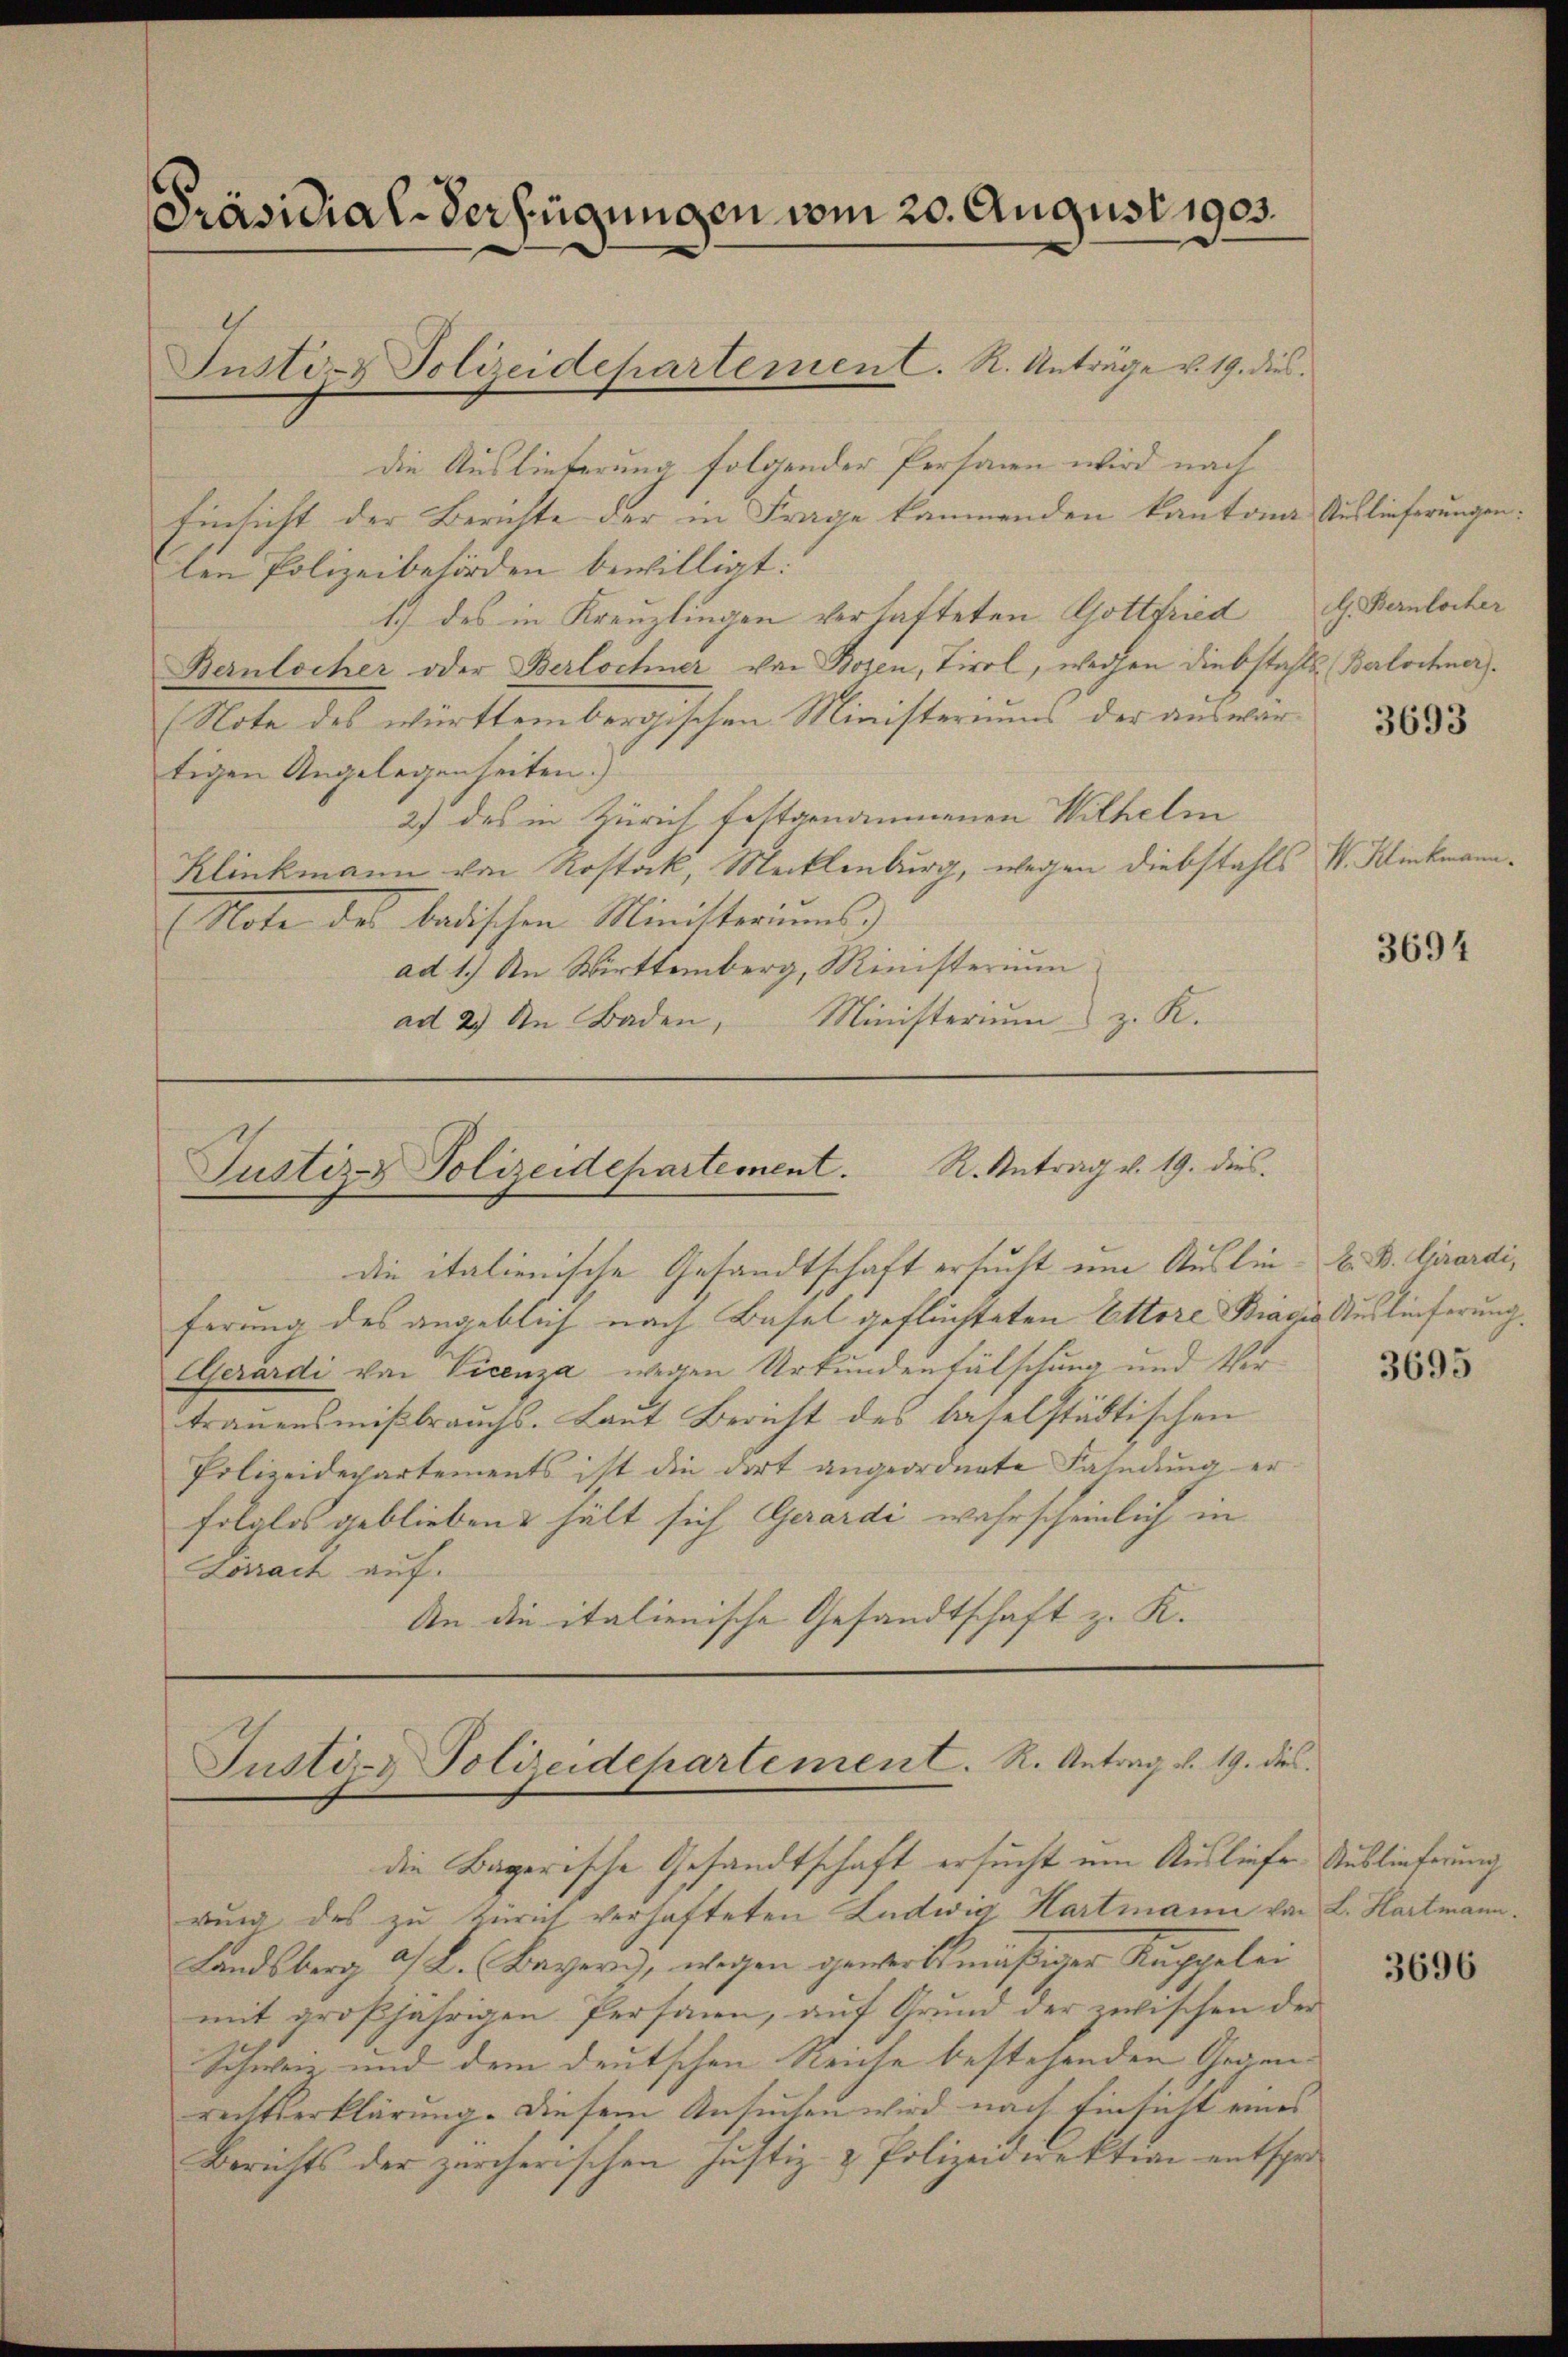
[Präsidial-Verfügungen vom 20. August 1905.

die Auslieferung folgender Personen wird nach
Einsicht der Berichte der in Frage kämmenden kantona Auslieferungen
len Polizeibehörden bewilligt:
1) des in Kreuzlingen verhafteten Gottfried
Bernlocher oder Berlochner von Bozen, Tirol, wegen diebstahls (Berlochner.
(Note des württembergischen Ministeriums der auswärtigen Angelegenheiten.)
27 des in Zürich festgenommenen Wilhelm
Klinkmann von Rostock, Mecklenburg, wegen Diebstahls W. Klinckmann
Note des badischen Ministeriums
ad 1.) An Wirttemberg, Ministerium
Ministerium z. K.
ad 2. An Baden,

Instirn Polizeidepartement. R. Anträge v. 19. dies

Justiz & Polizeidepartement. R. Antrag v. 19. dies

die italienische Gesandtschaft ersucht um Auslie- A. B. Girardi,
ferung des angeblich nach Basel geflüchteten Ettore Bragio Auslieferung.
EGerardi von Vicenza wegen Urkundenfälschung und Vertraŭensmiβbraŭchs. Laŭt Bericht des baselstädtischen
Polizeidepartements ist die dort angeordnete Fahndung erfolglos geblieben hält sich Gerardi wahrscheinlich in
Lörrach auf.
An die italienische Gesandtschaft z. K.

Justiz- & Polizeidehartement. R. Antrag v. 19. dies

die Bayerische Gesandtschaft ersucht um Ausliefer Auslieferung
rung des zu Zürich verhafteten Ludwig Hartmann von L. Hartmann.
Landsberg a/ L. (Bayern, wegen gewerbsmäßiger Kappelei
mit großjährigen Personen, auf Grund der zwischen der
Schweiz und dem deutschen Reiche bestehenden Gegen- |
rechtserklärung. Diesem Ansuchen wird nach Einsicht eines
Berichts der zürcherischen Justiz- & Polizeidirektion entspre¬

h. Bernlocher

3693

3694

3695

3696